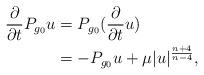
LaTeX: \begin{align*} \frac{\partial}{\partial t}P_{g_0} u &= P_{g_0} (\frac{\partial}{\partial t}u) \\&= -P_{g_0} u + \mu |u|^{\frac{n+4}{n-4}},\end{align*}